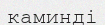
каминді